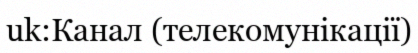
uk:Канал (телекомунікації)